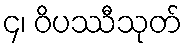
၄၊ ဝိပဿီသုတ်